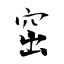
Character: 窋